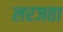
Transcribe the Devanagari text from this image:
लरजता